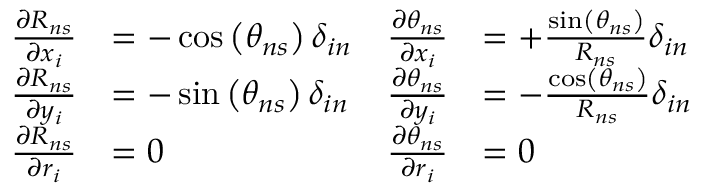
\begin{array} { r l r l } { \frac { \partial R _ { n s } } { \partial x _ { i } } } & { = - \cos \left( \theta _ { n s } \right) \delta _ { i n } } & { \frac { \partial \theta _ { n s } } { \partial x _ { i } } } & { = + \frac { \sin \left( \theta _ { n s } \right) } { R _ { n s } } \delta _ { i n } } \\ { \frac { \partial R _ { n s } } { \partial y _ { i } } } & { = - \sin \left( \theta _ { n s } \right) \delta _ { i n } } & { \frac { \partial \theta _ { n s } } { \partial y _ { i } } } & { = - \frac { \cos \left( \theta _ { n s } \right) } { R _ { n s } } \delta _ { i n } } \\ { \frac { \partial R _ { n s } } { \partial r _ { i } } } & { = 0 } & { \frac { \partial \theta _ { n s } } { \partial r _ { i } } } & { = 0 } \end{array}